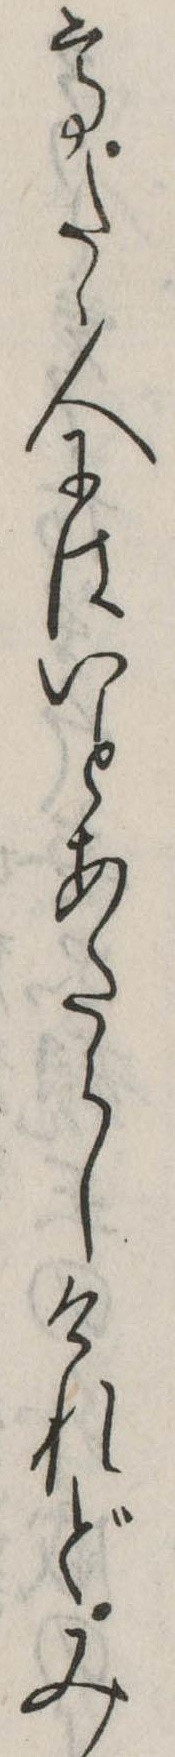
てたゝ人にはいとあたらしけれどみ